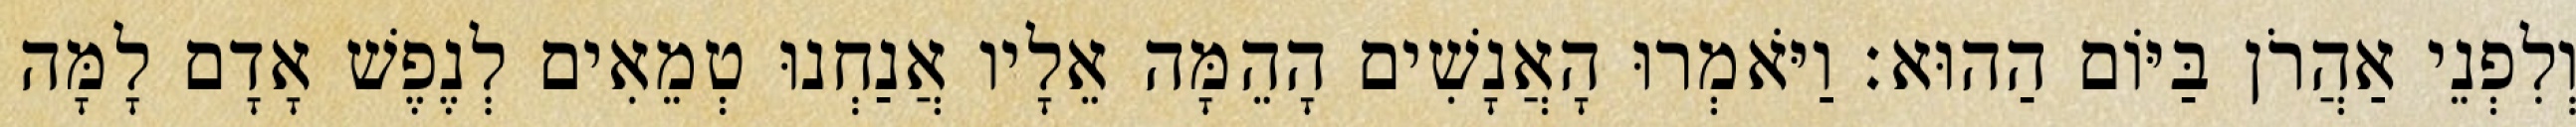
וְלִפְנֵי אַהֲרֹן בַּיּוֹם הַהוּא׃ וַיֹּאמְרוּ הָאֲנָשִׁים הָהֵמָּה אֵלָיו אֲנַחְנוּ טְמֵאִים לְנֶפֶשׁ אָדָם לָמָּה